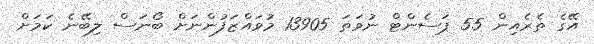
އޭގެ ތެރެއިން 55 ޕަސެންޓް ނުވަތަ 13905 މުވައްޒަފުންނަށް ބޯނަސް ލިބޭނެ ކަމަށް